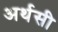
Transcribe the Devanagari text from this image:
अर्थसी